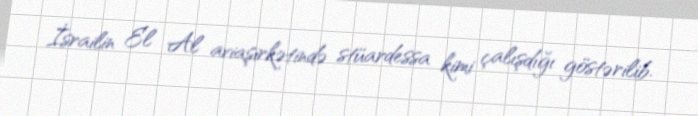
İsrailin El Al aviaşirkətində stüardessa kimi çalışdığı göstərilib.